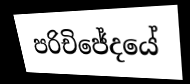
පරිචිජේදයේ